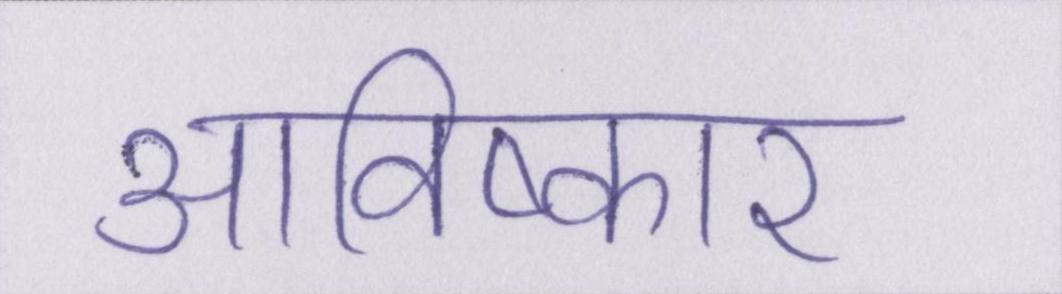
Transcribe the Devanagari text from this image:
आविष्कार